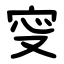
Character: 㝕